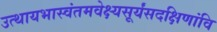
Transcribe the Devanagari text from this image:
उत्थायभास्वंतमवेक्ष्यसूर्यंसदक्षिणांवि